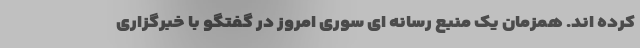
کرده اند. همزمان یک منبع رسانه ای سوری امروز در گفتگو با خبرگزاری